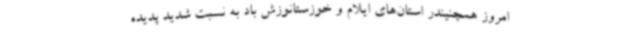
امروز همچنیندر استان‌های ایلام و خوزستانوزش باد به نسبت شدید پدیده